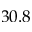
3 0 . 8